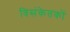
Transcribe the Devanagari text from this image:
विसंकेतकों